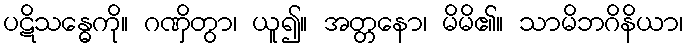
ပဋိသန္ဓေကို။ ဂဏှိတွာ၊ ယူ၍။ အတ္တနော၊ မိမိ၏။ သာမိဘဂိနိယာ၊